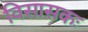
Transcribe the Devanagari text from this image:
विसासकः